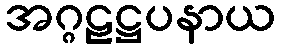
အဂ္ဂဠဋ္ဌပနာယ